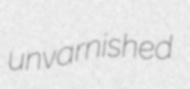
unvarnished